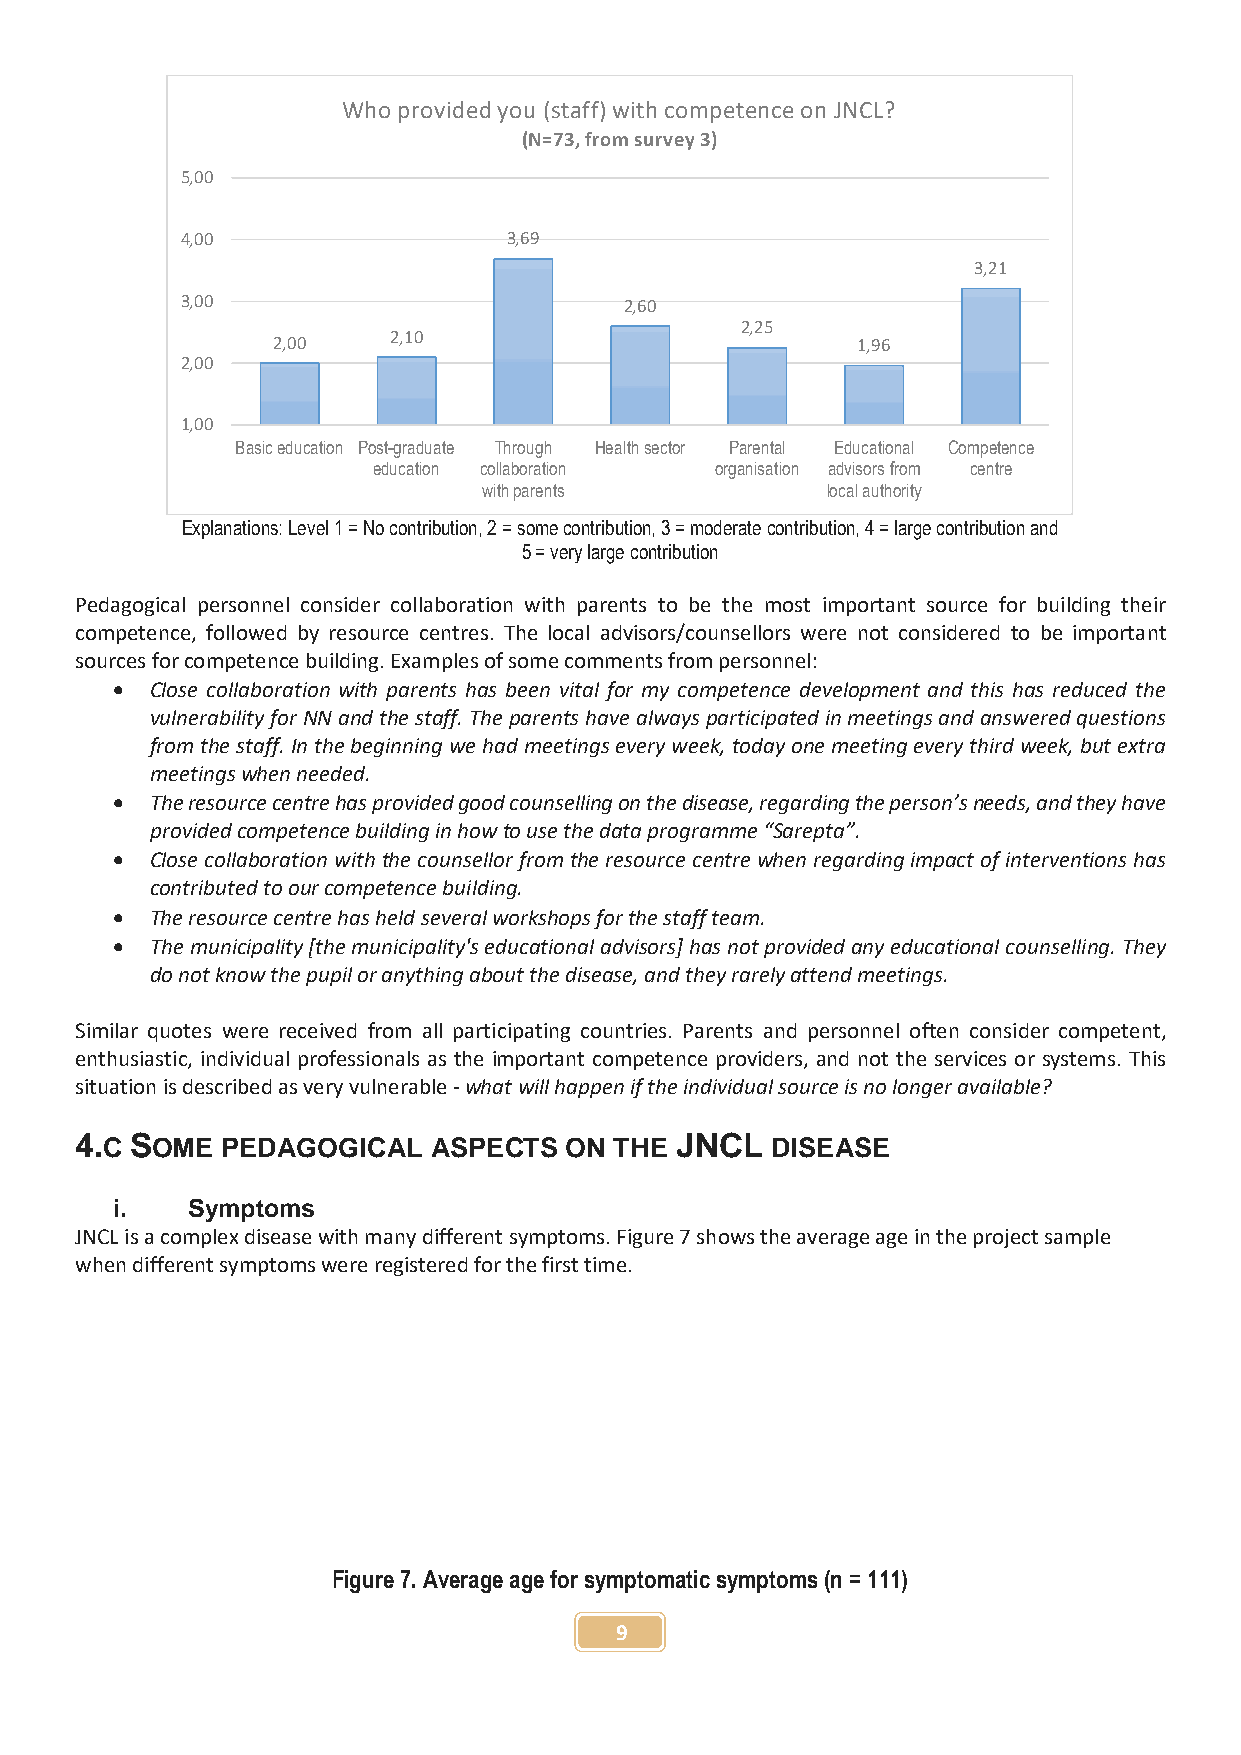
Who provided you (staff) with competence on JNCL?
 (N=73, from survey 3)
 5,00
 4,00                  3,69
 3,21
 3,00                         2,60
 2,25
 2,00    2,10                           1,96
 2,00
 1,00
 Basic education Post-graduate Through Health sector Parental Educational Competence
 education collaboration organisation advisors from centre
 with parents           local authority
 Explanations: Level 1 = No contribution, 2 = some contribution, 3 = moderate contribution, 4 = large contribution and
 5 = very large contribution
 Pedagogical personnel consider collaboration with parents to be the most important source for building their
 competence, followed by resource centres. The local advisors/counsellors were not considered to be important
 sources for competence building. Examples of some comments from personnel:
   Close collaboration with parents has been vital for my competence development and this has reduced the
 vulnerability for NN and the staff. The parents have always participated in meetings and answered questions
 from the staff. In the beginning we had meetings every week, today one meeting every third week, but extra
 meetings when needed.
   The resource centre has provided good counselling on the disease, regarding the person’s needs, and they have
 provided competence building in how to use the data programme “Sarepta”.
   Close collaboration with the counsellor from the resource centre when regarding impact of interventions has
 contributed to our competence building.
   The resource centre has held several workshops for the staff team.
   The municipality [the municipality's educational advisors] has not provided any educational counselling. They
 do not know the pupil or anything about the disease, and they rarely attend meetings.
 Similar quotes were received from all participating countries. Parents and personnel often consider competent,
 enthusiastic, individual professionals as the important competence providers, and not the services or systems. This
 situation is described as very vulnerable - what will happen if the individual source is no longer available?
 4.C SOME  PEDAGOGICAL   ASPECTS ON  THE JNCL  DISEASE
 i.   Symptoms
 JNCL is a complex disease with many different symptoms. Figure 7 shows the average age in the project sample
 when different symptoms were registered for the first time.
 Figure 7. Average age for symptomatic symptoms (n = 111)
 9